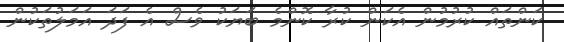
ކަންތައް ކުރުމުން އެކަން ކުރާ ކޮންމެ ބަޔަކު ވެސް އެ ފަދަ އަމަލުތަކުން